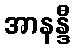
အာနန္ဒီ